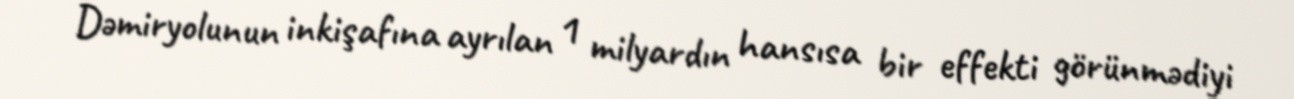
Dəmiryolunun inkişafına ayrılan 1 milyardın hansısa bir effekti görünmədiyi